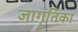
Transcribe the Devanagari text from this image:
जागृतिका